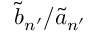
\widetilde { b } _ { n ^ { \prime } } / \widetilde { a } _ { n ^ { \prime } }